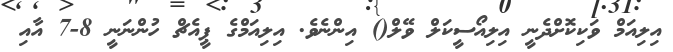
އިލިއަމް ވަކިކޮށްދެނީ އިލިއޯސީކަލް ވޭލް() އިންނެވެ. އިލިއަމްގެ ޕީއެޗް ހުންނަނީ 8-7 އާއި